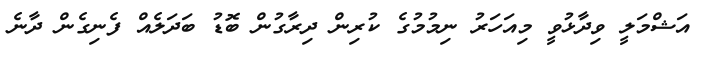
އަޝްމަލީ ވިދާޅުވީ މިއަހަރު ނިމުމުގެ ކުރިން ދިރާގުން ބޮޑު ބަދަލެއް ފެނިގެން ދާނެ